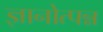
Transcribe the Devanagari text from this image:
ज्ञानोत्पन्न